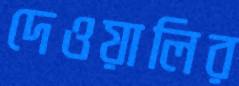
দেওয়ালির